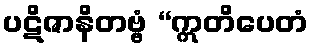
ပဋိဇာနိတဗ္ဗံ “ဣတိပေတံ